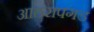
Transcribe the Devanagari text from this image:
आठरापगड